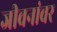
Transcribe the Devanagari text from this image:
जीवनांवर